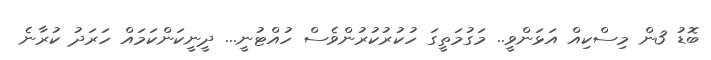
ބޮޑު 3ން މިސްކިއް އަޅަންވީ.. މަގުމަތީގަ ހުކުރުކުރުންވެސް ހުއްޓުނީ... ދީނީކަންކަމައް ހަރަދު ކުރާނެ